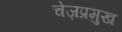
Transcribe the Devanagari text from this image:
चेज़प्रमुख